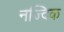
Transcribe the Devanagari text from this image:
नज्दिक